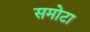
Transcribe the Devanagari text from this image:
समोटा